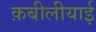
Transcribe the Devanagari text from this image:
क़बीलीयाई